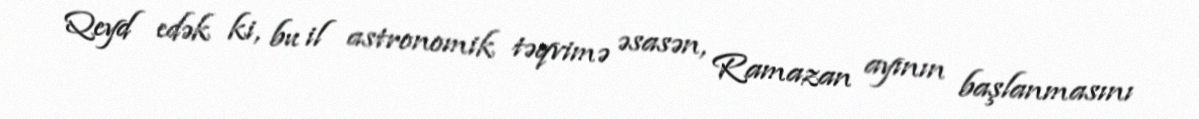
Qeyd edək ki, bu il astronomik təqvimə əsasən, Ramazan ayının başlanmasını